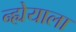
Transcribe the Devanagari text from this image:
न्ह्येयाला